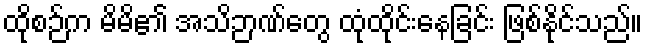
ထိုစဉ်က မိမိ၏ အသိဉာဏ်တွေ ထုံထိုင်းနေခြင်း ဖြစ်နိုင်သည်။